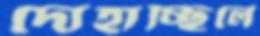
দোহাচ্ছিলে